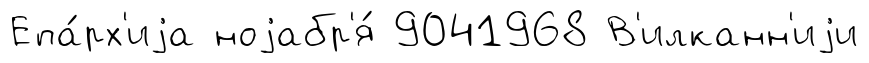
Епа́рх'иjа ноjабр'я́ 9041968 В'илканн'иjи